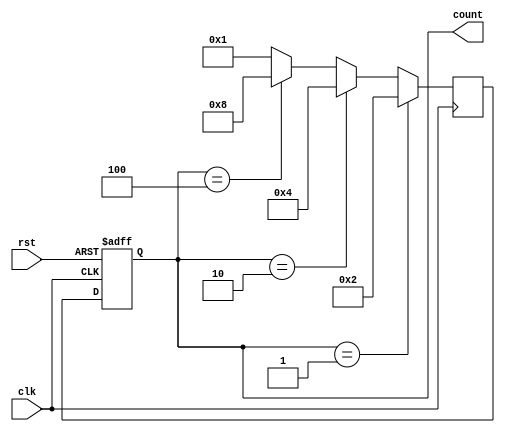
module ring_counter(
    input wire clk,
    input wire rst,
    output reg [3:0] count
);

reg [3:0] next_count;

always @(posedge clk or posedge rst)
begin
    if(rst)
        count <= 4'b0000;
    else
        count <= next_count;
end

always @(posedge clk)
begin
    if(count == 4'b0001)
        next_count <= 4'b0010;
    else if(count == 4'b0010)
        next_count <= 4'b0100;
    else if(count == 4'b0100)
        next_count <= 4'b1000;
    else
        next_count <= 4'b0001;
end

endmodule